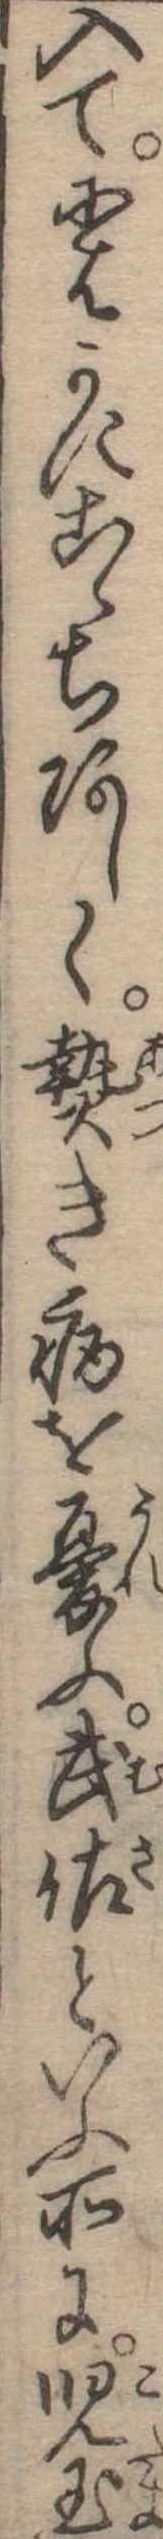
入てにはかにこゝちあしく熱き病を憂ふ武佐といふ所に児玉